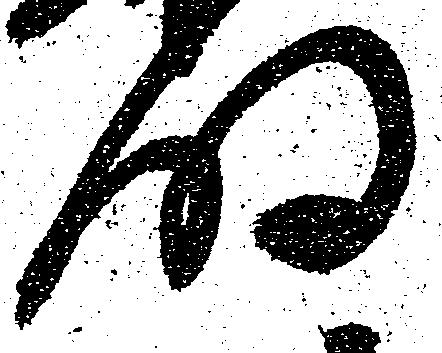
明